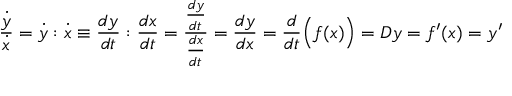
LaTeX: { \frac { \dot { y } } { \dot { x } } } = { \dot { y } } : { \dot { x } } \equiv { \frac { d y } { d t } } : { \frac { d x } { d t } } = { \frac { \frac { d y } { d t } } { \frac { d x } { d t } } } = { \frac { d y } { d x } } = { \frac { d } { d t } } { \Bigl ( } f ( x ) { \Bigr ) } = D y = f ^ { \prime } ( x ) = y ^ { \prime }